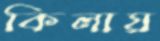
কিলায়